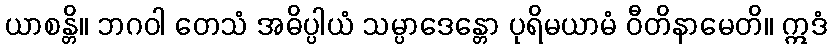
ယာစန္တိ။ ဘဂဝါ တေသံ အဓိပ္ပါယံ သမ္ပာဒေန္တော ပုရိမယာမံ ဝီတိနာမေတိ။ ဣဒံ